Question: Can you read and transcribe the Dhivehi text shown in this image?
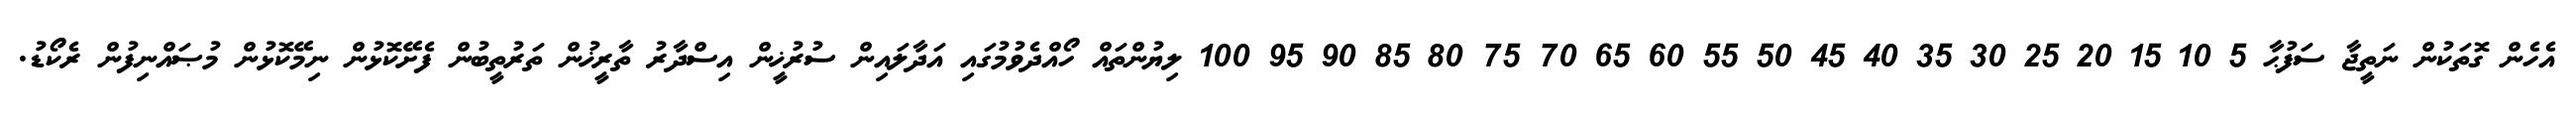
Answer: އެހެން ގޮތަކުން ނަތީޖާ ސަފުޙާ 5 10 15 20 25 30 35 40 45 50 55 60 65 70 75 80 85 90 95 100 ލިޔުންތައް ހޯއްދެވުމުގައި އަދާލައިން ސުރުޚީން އިސްދާރު ތާރީޚުން ތަރުތީބުން ފެށޭކޮޅުން ނިމޭކޮޅުން މުޞައްނިފުން ރެކޯޑު.